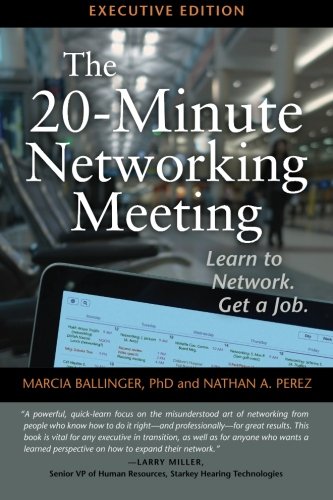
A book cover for The 20-Minute Networking Meeting: Learn to Network. Get a Job.; Marcia Ballinger; Business & Money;